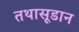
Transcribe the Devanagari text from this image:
तथासूडान